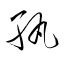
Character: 孰